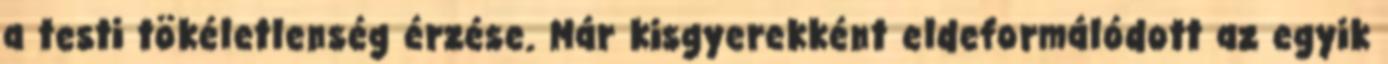
a testi tökéletlenség érzése. Már kisgyerekként eldeformálódott az egyik